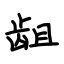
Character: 龃